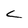
Character: C